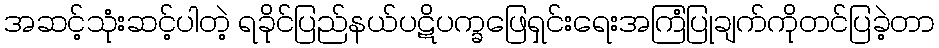
အဆင့်သုံးဆင့်ပါတဲ့ ရခိုင်ပြည်နယ်ပဋိပက္ခဖြေရှင်းရေးအကြံပြုချက်ကိုတင်ပြခဲ့တာ